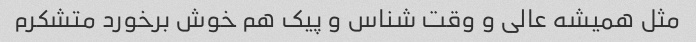
مثل همیشه عالی و وقت شناس و پیک هم خوش برخورد متشکرم